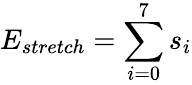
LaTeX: E_{stretch}=\sum_{i=0}^{7}s_{i}